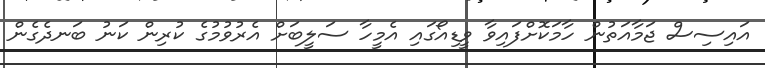
އައިސިސް ޖަމާއަތުން ހާމަކޮށްފައިވާ ވީޑިއޯގައި އެމީހާ ސަލީބަށް އެރުވުމުގެ ކުރިން ކަނު ބަނދެގެން